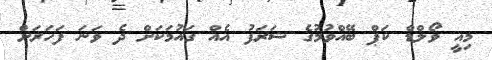
މިއީ ވޯލްޑް ކަޕް ބޭއްވުމުގެ ޝަރަފު އެއް ގައުމަކަށް ދެ ވަނަ ފަހަރަށް